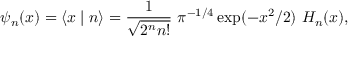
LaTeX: \psi _ { n } ( x ) = \left\langle x \mid n \right\rangle = { \frac { 1 } { \sqrt { 2 ^ { n } n ! } } } ~ \pi ^ { - 1 / 4 } \exp ( - x ^ { 2 } / 2 ) ~ H _ { n } ( x ) ,